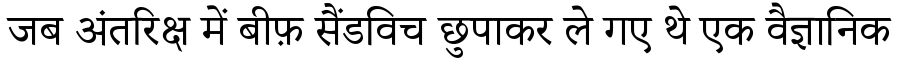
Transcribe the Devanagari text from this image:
जब अंतरिक्ष में बीफ़ सैंडविच छुपाकर ले गए थे एक वैज्ञानिक